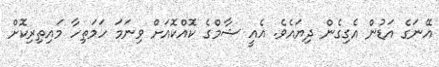
އޭނަގެ އަޑުން އެގިގެން ދިޔައެވެ. އެއީ ޝާމްގެ ކޮއްކޮއަށް ވިނަމަ ހަމަތިހާ މައިތިރިކޮށް